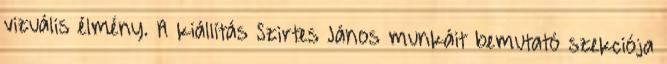
vizuális élmény. A kiállítás Szirtes János munkáit bemutató szekciója